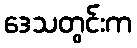
ဒေသတွင်းက